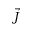
\Vec { J }